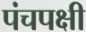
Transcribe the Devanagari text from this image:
पंचपक्षी